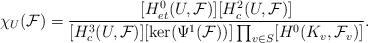
LaTeX: \begin{align*}{\chi}_U(\mathcal{F})=\frac{[H^0_{et}(U,\mathcal{F})][H^2_c(U,\mathcal{F})]}{[H^3_c(U,\mathcal{F})][\ker(\Psi^1(\mathcal{F}))]\prod_{v\in S}[H^0(K_v,\mathcal{F}_v)]} .\end{align*}